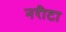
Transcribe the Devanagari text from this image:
नरीटा